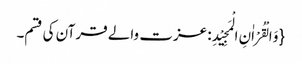
{وَ الْقُرْاٰنِ الْمَجِیْدِ: عزت والے قرآن کی قسم۔